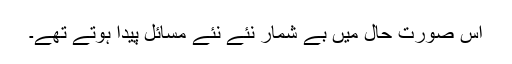
اس صورت حال میں بے شمار نئے نئے مسائل پیدا ہوتے تھے۔